Scottish Leaving Certificate Examination, 1959
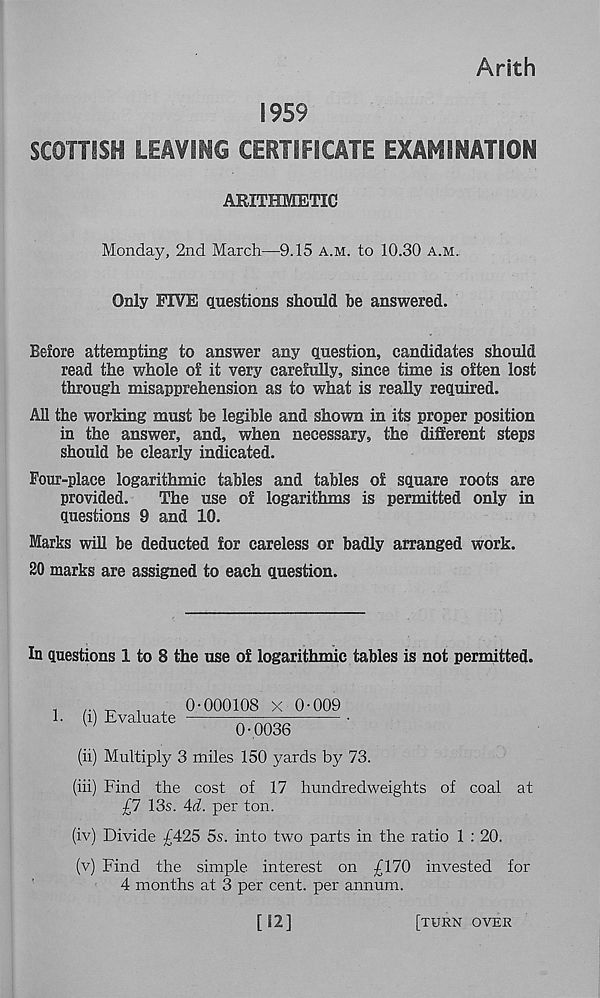
Arith
1959
SCOTTISH LEAVING CERTIFICATE EXAMINATION
ARITHMETIC
Monday, 2nd March—9.15 a.m. to 10.30 a.m.
Only FIVE questions should be answered.
Before attempting to answer any question, candidates should
read the whole of it very carefully, since time is often lost
through misapprehension as to what is really required.
All the working must be legible and shown in its proper position
in the answer, and, when necessary, the different steps
should be clearly indicated.
Four-place logarithmic tables and tables of square roots are
provided.
The use of logarithms is permitted only in
questions 9 and 10.
Marks will be deducted for careless or badly arranged work.
20 marks are assigned to each question.
In questions 1 to 8 the use of logarithmic tables is not permitted.
1. (i) Evaluate
0-000108 X 0-009
0-0036
(ii) Multiply 3 miles 150 yards by 73.
(iii) Find the cost of 17 hundredweights of coal at
£7 13s. 4d. per ton.
(iv) Divide £425 5s. into two parts in the ratio 1 : 20.
(v) Find the simple interest on £170 invested for
4 months at 3 per cent, per annum.
[12]
[turn over